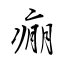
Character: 痭